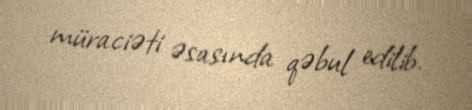
müraciəti əsasında qəbul edilib.